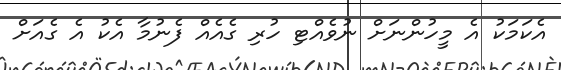
އެކަމަކު އެ މީހުންނަށް ނުވެއްޓި ހުރި ގެއެއް ފެނުމާ އެކު އެ ގެއަށް